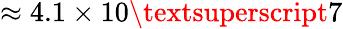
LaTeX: \approx 4.1\times 10\textsuperscript{7}